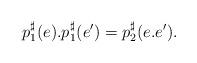
LaTeX: \begin{align*}p^\sharp_1(e) . p^\sharp_1(e') =p^\sharp_2(e . e').\end{align*}